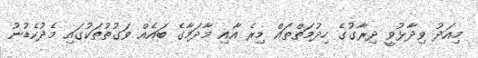
މިއަދު ވިދާޅުވީ ދިރާގުގެ ހިދުމަތްތައް މިރެ އާއި މާދަމާގެ ބައެއް ވަގުތުތަކުގައި މެދުކެޑުނު